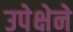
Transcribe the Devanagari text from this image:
उपेक्षेने